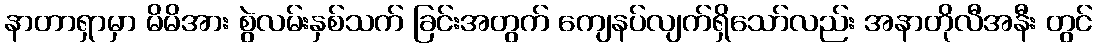
နာတာရှာမှာ မိမိအား စွဲလမ်းနှစ်သက် ခြင်းအတွက် ကျေနပ်လျက်ရှိသော်လည်း အနာတိုလီအနီး တွင်